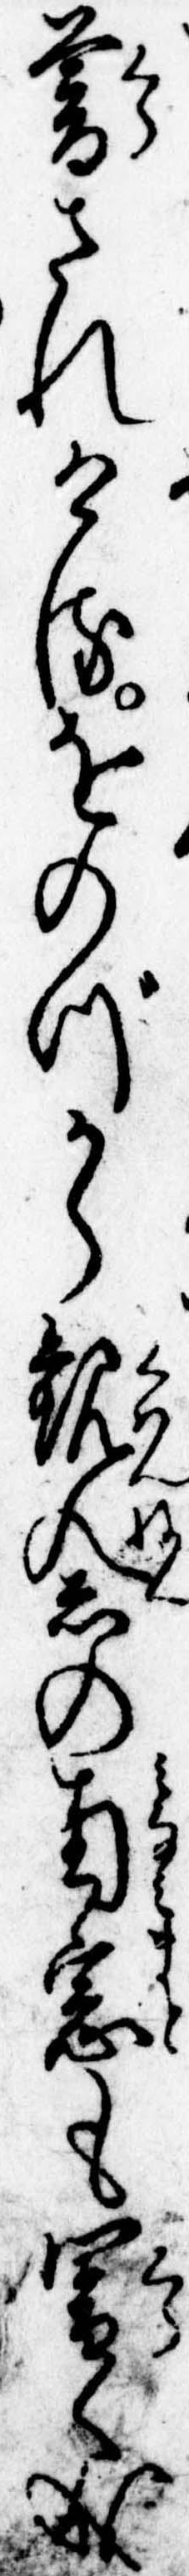
暮されけるをのづから観念の南窓も闇く成